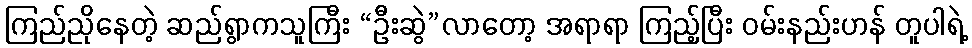
ကြည်ညိုနေတဲ့ ဆည်ရွာကသူကြီး “ဦးဆွဲ”လာတော့ အရာရာ ကြည့်ပြီး ဝမ်းနည်းဟန် တူပါရဲ့